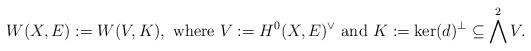
LaTeX: \begin{align*}W(X,E):=W(V,K),\mbox{ where } V:=H^0(X,E)^\vee \mbox{ and } K:=\ker(d)^\perp \subseteq \bigwedge^2V.\end{align*}